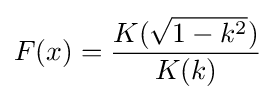
F(x)={\frac {K({\sqrt {1-k^{2}}})}{K(k)}}